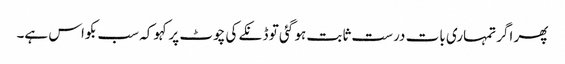
پھر اگر تمہاری بات درست ثابت ہو گئی تو ڈنکے کی چوٹ پر کہو کہ سب بکواس ہے۔